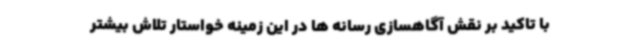
با تاکید بر نقش آگاهسازی رسانه ها در این زمینه خواستار تلاش بیشتر